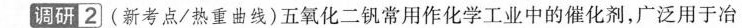
调研2(新考点/热重曲线)五氧化二钒常用作化学工业中的催化剂，广泛用于冶